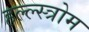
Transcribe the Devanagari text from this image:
हल्ल्स्त्रोम